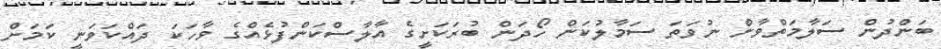
ބަންދުން ސަލާމަތްވާން ނުވަތަ ސަމާލުކަން ހޯދަން ބުރަކަށީގެ އާލާސްކަންފުޅެއްގެ ވާހަކަ ދައްކަވަނީ ކަމަށް